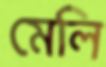
মেলি